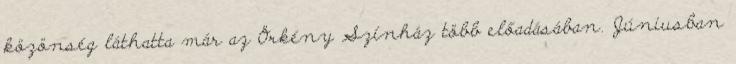
közönség láthatta már az Örkény Színház több előadásában. Júniusban